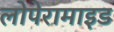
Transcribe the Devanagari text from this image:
लोपेरामाइड